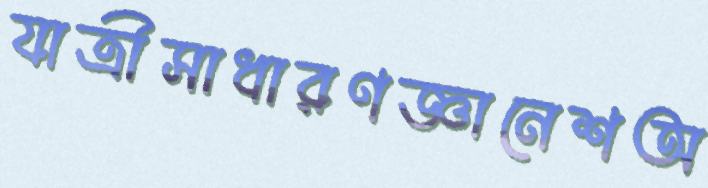
যাত্রীসাধারণজ্ঞানেশঅ